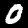
Label: 0